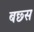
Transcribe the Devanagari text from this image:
बछ्स